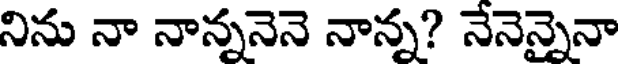
నిను నా నాన్ననెనె నాన్న? నేనెన్నైనా